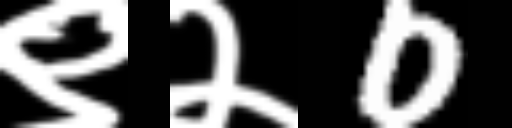
Text: ९२0